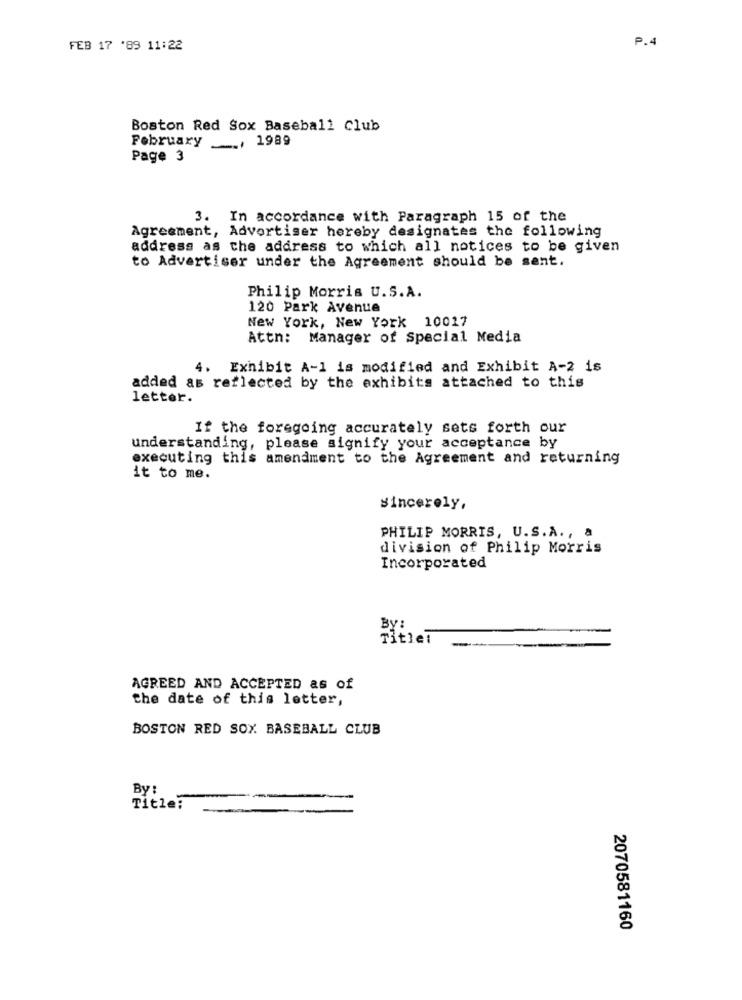
P.4
FEB 17 '89 11:22
Boston Red Sox Baseball Club
February ., 1989
Page 3
3. In accordance with Paragraph 15 of the
Agreement, Advertiser hereby designates the following
address as the address to which all notices to be given
to Advertiser under the Agreement should be sent.
Philip Morris U.S.A.
120 Park Avenue
New York, New York 10017
Attn: Manager of Special Media
4. Exhibit A-1 is modified and Exhibit A-2 is
added as reflected by the exhibits attached to this
letter.
If the foregoing accurately sets forth our
understanding, please signify your acceptance by
executing this amendment to the Agreement and returning
it to me.
Sincerely,
PHILIP MORRIS, U.S.A ., a
division of Philip Morris
Incorporated
By:
Title:
AGREED AND ACCEPTED as of
the date of this letter,
BOSTON RED SOX BASEBALL CLUB
By :
Title:
2070581160